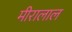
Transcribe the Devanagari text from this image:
मीरालाल